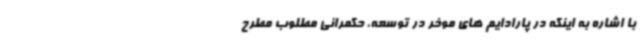
با اشاره به اینکه در پارادایم های موخر در توسعه، حکمرانی مطلوب مطرح